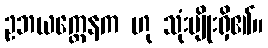
ဥဘယက္ထေနက ဟု သုံးမျိုးရှိ၏။